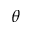
\theta